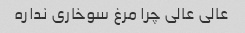
عالی عالی چرا مرغ سوخاری نداره